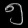
Digit: ၅